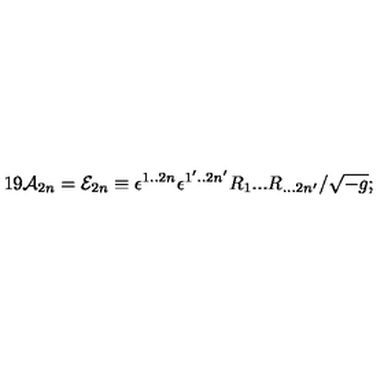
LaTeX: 1 9 { \cal A } _ { 2 n } = { \cal E } _ { 2 n } \equiv \epsilon ^ { 1 . . 2 n } \epsilon ^ { 1 ^ { \prime } . . 2 n ^ { \prime } } R _ { 1 } . . . R _ { . . . 2 n { ^ \prime } } / \sqrt { - g } ;